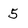
Character: 5